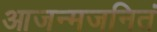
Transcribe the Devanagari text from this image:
आजन्मजनितं